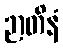
ဉာတိနံ